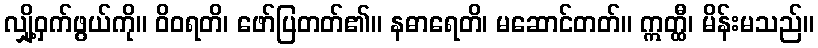
လျှို့ဝှက်ဖွယ်ကို။ ဝိဝရတိ၊ ဖော်ပြတတ်၏။ နဓာရေတိ၊ မဆောင်တတ်။ ဣတ္ထီ၊ မိန်းမသည်။